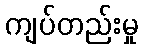
ကျပ်တည်းမှု